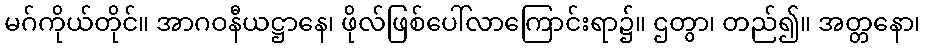
မဂ်ကိုယ်တိုင်။ အာဂဝနီယဋ္ဌာနေ၊ ဖိုလ်ဖြစ်ပေါ်လာကြောင်းရာ၌။ ဌတွာ၊ တည်၍။ အတ္တနော၊